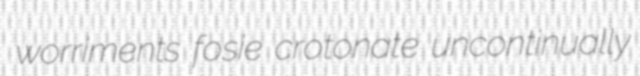
worriments fosie crotonate uncontinually